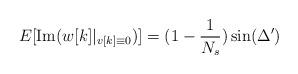
LaTeX: \begin{align*}E[\mbox{Im}(w[k]\vert_{v[k]\equiv 0})]=(1-\frac{1}{N_s})\sin(\Delta')\end{align*}